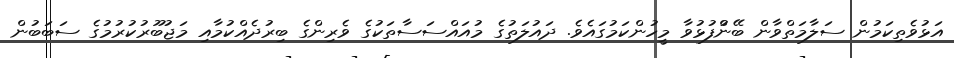
އަޅުވެތިކަމުން ސަލާމަތްވާން ބޭނުްފުޅުވާ މީހުންކަމުގައެވެ. ދައުލަތުގެ މުއައްސަސާތަކުގެ ވެރިންގެ ބިރުދެއްކުމާއި މަޖުބޫރުކުރުމުގެ ސަބަބުން